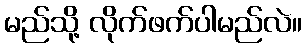
မည်သို့ လိုက်ဖက်ပါမည်လဲ။